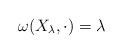
LaTeX: \begin{align*}\omega(X_{\lambda},\cdot) = \lambda\end{align*}